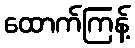
ထောက်ကြန့်